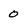
Character: 0